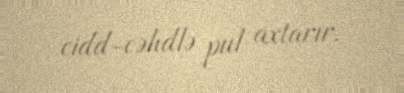
cidd-cəhdlə pul axtarır.